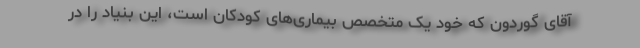
آقای گوردون که خود یک متخصص بیماری‌های کودکان است، این بنیاد را در